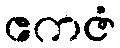
ဧကဇံ